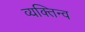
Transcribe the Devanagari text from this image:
व्यक्तिन्व